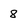
Character: 8